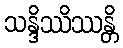
သန္ဒိဿိဿန္တိ